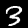
Label: 3